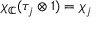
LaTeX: \chi _ { \mathbb { C } } ( \tau _ { j } \otimes 1 ) = \chi _ { j }